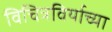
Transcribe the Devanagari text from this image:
विचित्रविर्याच्या